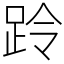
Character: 跉